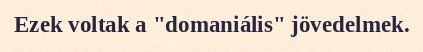
Ezek voltak a "domaniális" jövedelmek.